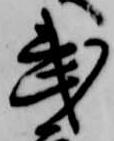
武